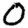
Digit: 0